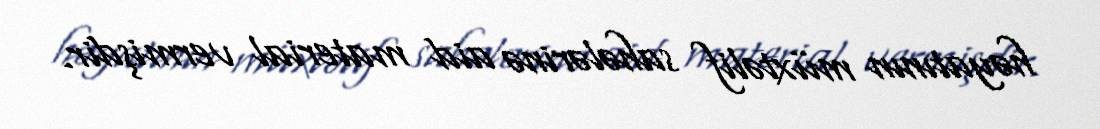
həyatının müxtəlif sahələrinə aid material vermişdir.